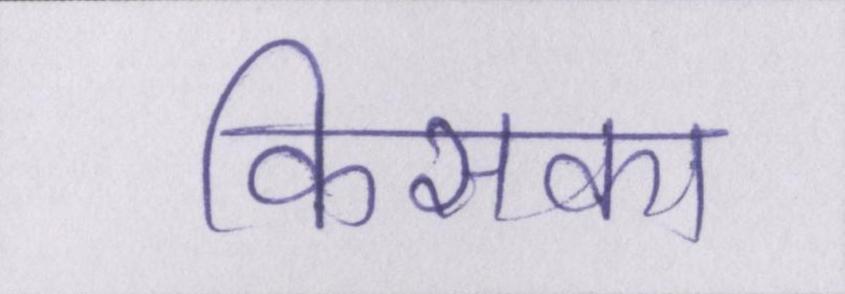
किसका